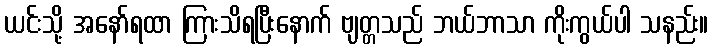
ယင်းသို့ အနော်ရထာ ကြားသိရပြီးနောက် ဗျတ္တသည် ဘယ်ဘာသာ ကိုးကွယ်ပါ သနည်း။